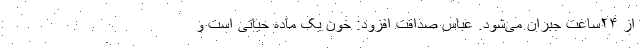
از ۲۴ساعت جبران می‌شود. عباس صداقت افزود: خون یک ماده حیاتی است و